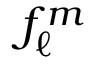
f _ { \ell } ^ { m }